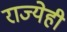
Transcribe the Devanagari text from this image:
राज्येही